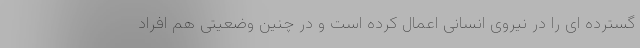
گسترده ای را در نیروی انسانی اعمال کرده است و در چنین وضعیتی هم افراد